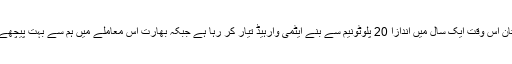
پاکستان اس وقت ایک سال میں اندازاً 20 پلوٹونیم سے بنے ایٹمی وارہیڈ تیار کر رہا ہے جبکہ بھارت اس معاملے میں ہم سے بہت پیچھے ہیں۔